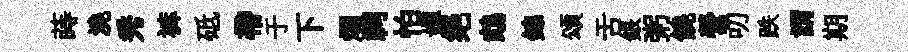
蒔澆秀裤砥帶于下爛祠怕嬋绝鵡錦頌舌銀粥饒營叨跌謂期